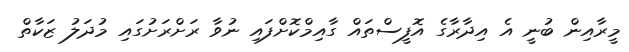
މީރާއިން ބުނީ އެ އިދާރާގެ އޮފީސްތައް ގާއިމްކޮށްފައި ނުވާ ރަށްރަށުގައި މުދަލު ޒަކާތް